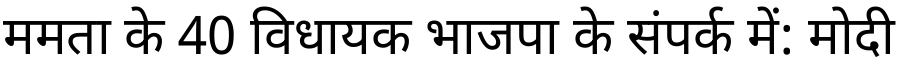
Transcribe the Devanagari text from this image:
ममता के 40 विधायक भाजपा के संपर्क में: मोदी